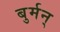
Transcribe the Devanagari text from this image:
बुर्मन्